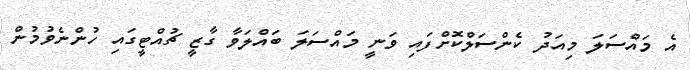
އެ މައްސަލަ މިއަދު ކެންސަލްކޮށްފައި ވަނީ މައްސަލަ ބައްލަވާ ގާޒީ ޗުއްޓީގައި ހުންނެވުމުން